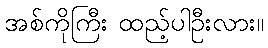
အစ်ကိုကြီး ထည့်ပါဦးလား။